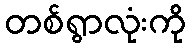
တစ်ရွာလုံးကို